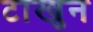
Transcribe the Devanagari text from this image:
टाखुन